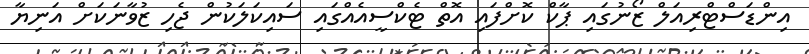
އިންޑަސްޓްރިއަލް ޒޯނުގައި ޕާކް ކޮށްފައި އޮތް ޓެކްސީއެއްގައި ސައިކަލަކުން ޖެހި ޒުވާނަކަށް އަނިޔާ